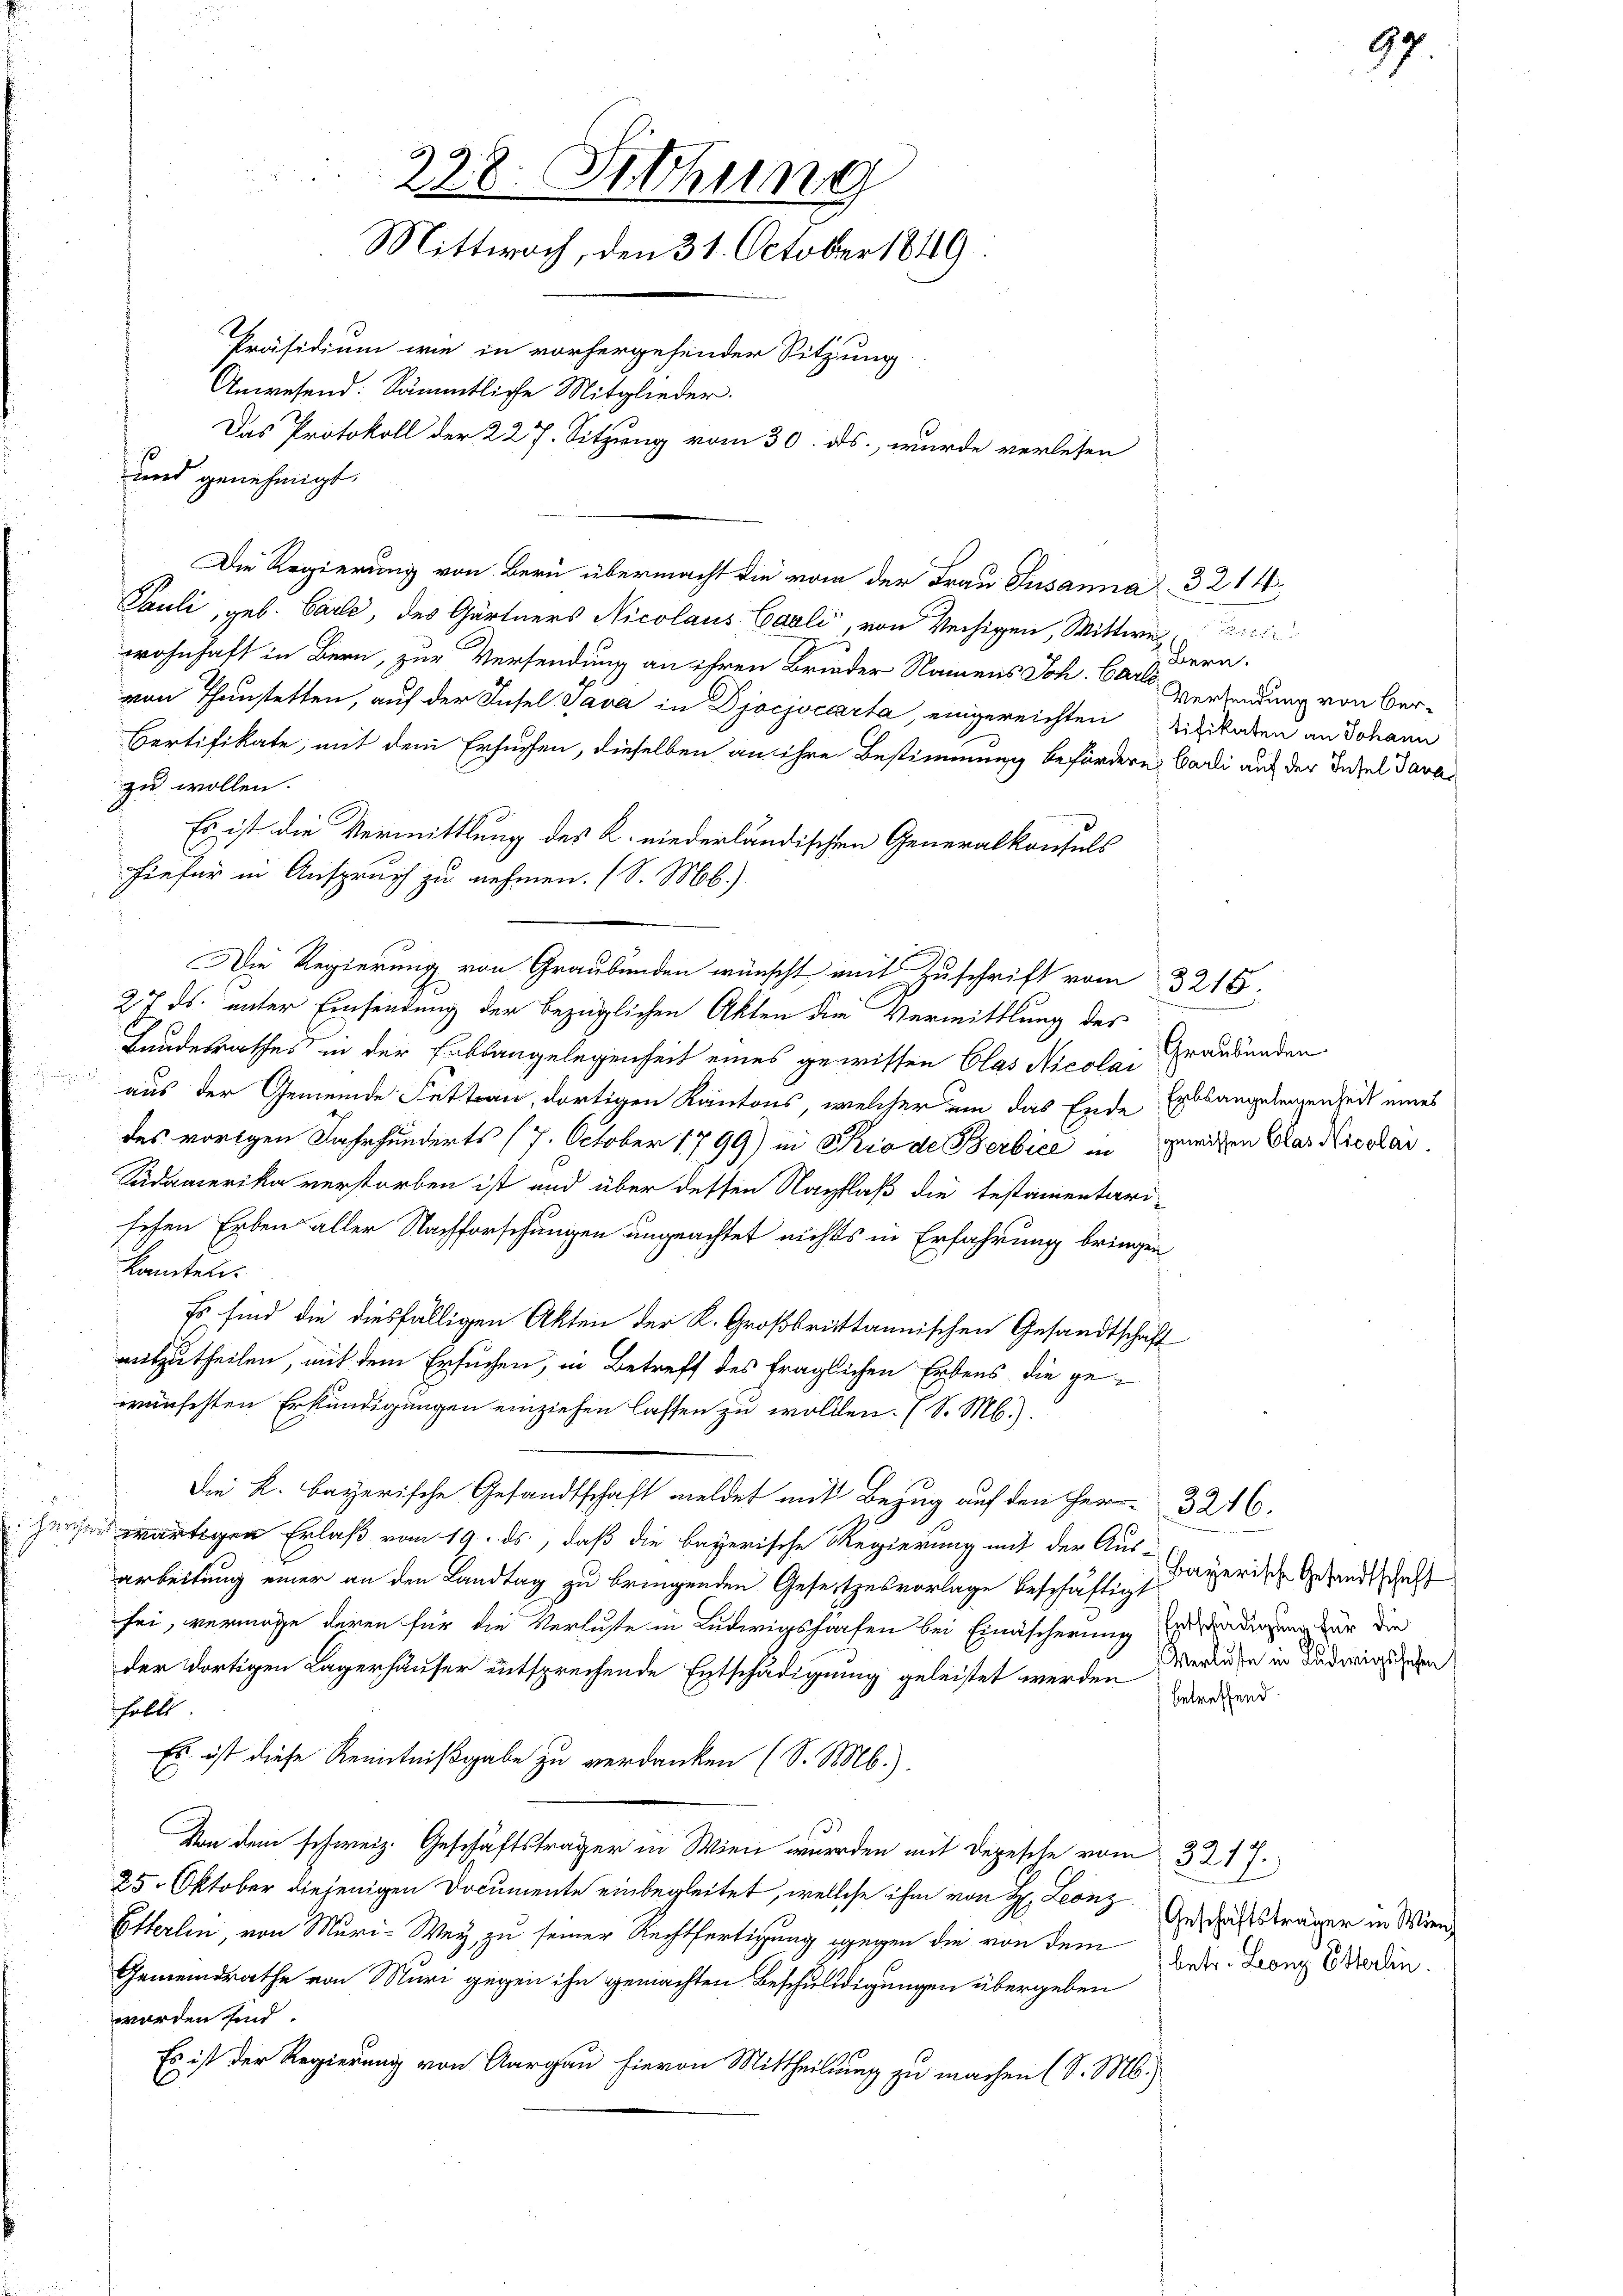
han

228. Sethung
Mittwoch, den 31. October 1849.
Präsidium wie in vorhergehender Sitzung.
Anwesend: Sämmtliche Mitglieder.

Das Protokoll der 227. Sitzung vom 30. ds., wurde verlesen
und genehmigt.
Die Regierung von Bern übermacht die vom der Frau Susanna 3214
Pauli, geb. Carle, des Gärtners Nicolaus Carli, von Wechigen, Wittwe
wohnhaft in Bern, zur Versendung an ihren Brieder Namens Joh. Car Versendung von Bervon Thunstetten, auf der Insel Java in Djocjoccarta, eingereichten Silikaten an Johann
Bertifikate, mit dem Ersuchen, dieselben an ihre Bestimmung befördern Carli auf der Titel davas
zu wollen.
Es ist die Vermittlung des K. niederländischen Generalkonsuls
hiefür in Anspruch zu nehmen. (S. Mb.)
27. ds. unter Einsendung der bezüglichen Akten die Vermittlung des
Landesrathes in der Erbsangelegenheit eines gewissen Clas Nicolai
aus der Gemeinde Fettan, dortigen Kantons, welcher um das Ende Erbsangelegenheit eines
des vorigen Jahrhunderts (7. October 1799) in Rio de Berbice in geweiten Dar Nicolar
Südamerika verstorben ist und über dessen Nachlaß die testamentari-
sehen Erben aller Nachforschungen ungeachtet nichts in Erfahrung bringen
kannten.
Es sind die diesfälligen Akten der K. Großbrittannischen Gesandtschaft
mitzutheilen, mit dem Ersuchen, in Betreff des fraglichen Erbens die gewünschten Erkundigungen einziehen lassen zu wollen. (S. M.).
Die K. Bayerische Gesandtschaft meldet mit Bezug auf den Herr 3246.
wärtigen Erlaß vom 19. ds., daß die bayerische Regierung mit der Aus-
arbeitung einer an den Landtag zu bringenden Gesetzesvorlage beschäftigt
sei, vermöge deren für die Verluste in Ludwigshärfen bei Einäscherung betradigung der die
der dortigen Lagerhäuser entsprechende Entschädigung geleistet werden Merlese in Ludwigs den
betreffend.
sollt.
Es ist diese Kenntnißgabe zu verdanken (S. M.).
Von dem schweiz. Geschäftsträger in Wien wurden mit Depesche vom 3217.
25. Oktober diejenigen Documente einbegleitet, welche ihm von H: Leonz Geschaftsträger in Wien
Etterlin, von Muri-Wey, zu seiner Rechtfertigung gegen die von dem Dr. Leonz Bedin¬
Gemeindrathe von Muri gegen ihn gemachten Beschuldigungen übergeben
worden sind
Es ist der Regierung von Aargau hievon Mittheilung zu machen (S. M.)

Die Regierung von Graubünden wünscht mit Zuschrift vom 3215.

ai

Graubünden

Bern.

97.

Bayerische Gesandtschaft